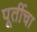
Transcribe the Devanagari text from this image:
पूर्तीचा